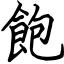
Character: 飽